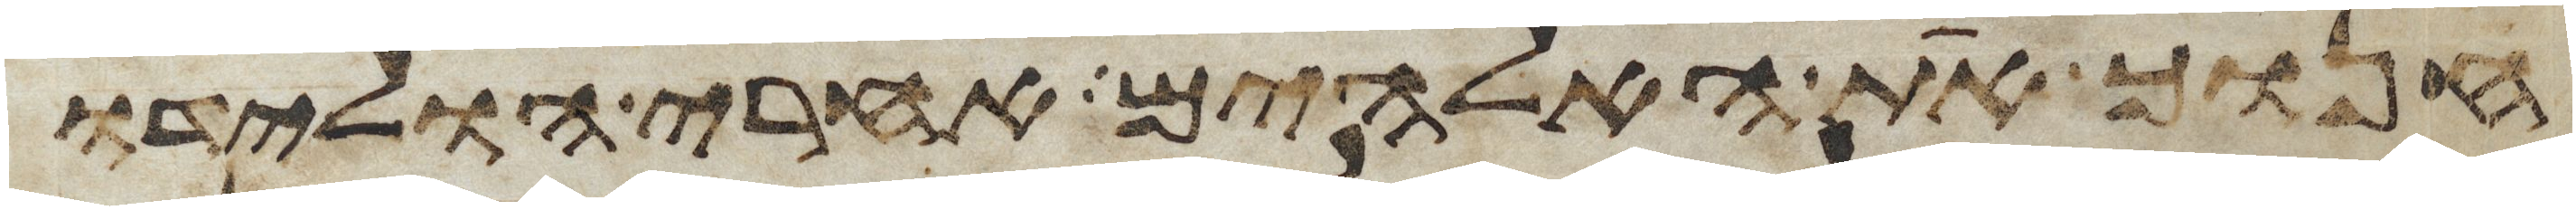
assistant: חנוך את האלהים אחרי הולידו